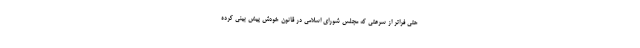
حتی فراتر از سرعتی که مجلس شورای اسلامی در قانون خودش پیش بینی کرده